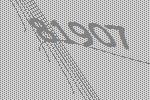
81907